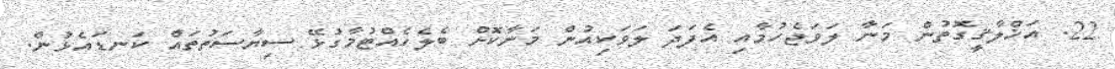
22. އަޚްލާޤީގޮތުން މަނާ ލަވަޖެހުމާއި އެފަދަ ލަވަކިއުން މަނާކޮށް ބެލެހެއްޓުމާގުޅޭ ސިޔާސަތުތައް ކަނޑައެޅުން.